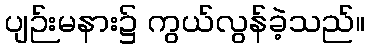
ပျဉ်းမနား၌ ကွယ်လွန်ခဲ့သည်။